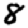
Digit: 8